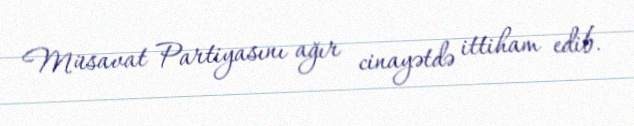
Müsavat Partiyasını ağır cinayətdə ittiham edib.